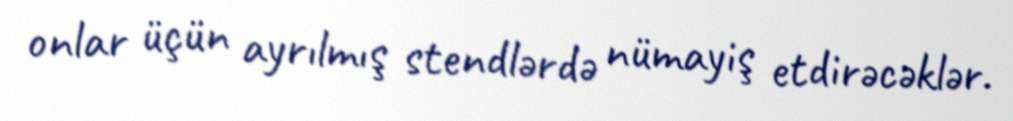
onlar üçün ayrılmış stendlərdə nümayiş etdirəcəklər.